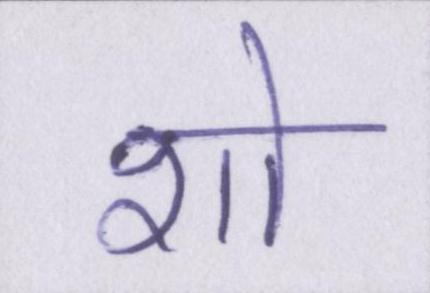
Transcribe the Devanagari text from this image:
शो